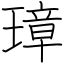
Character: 璋